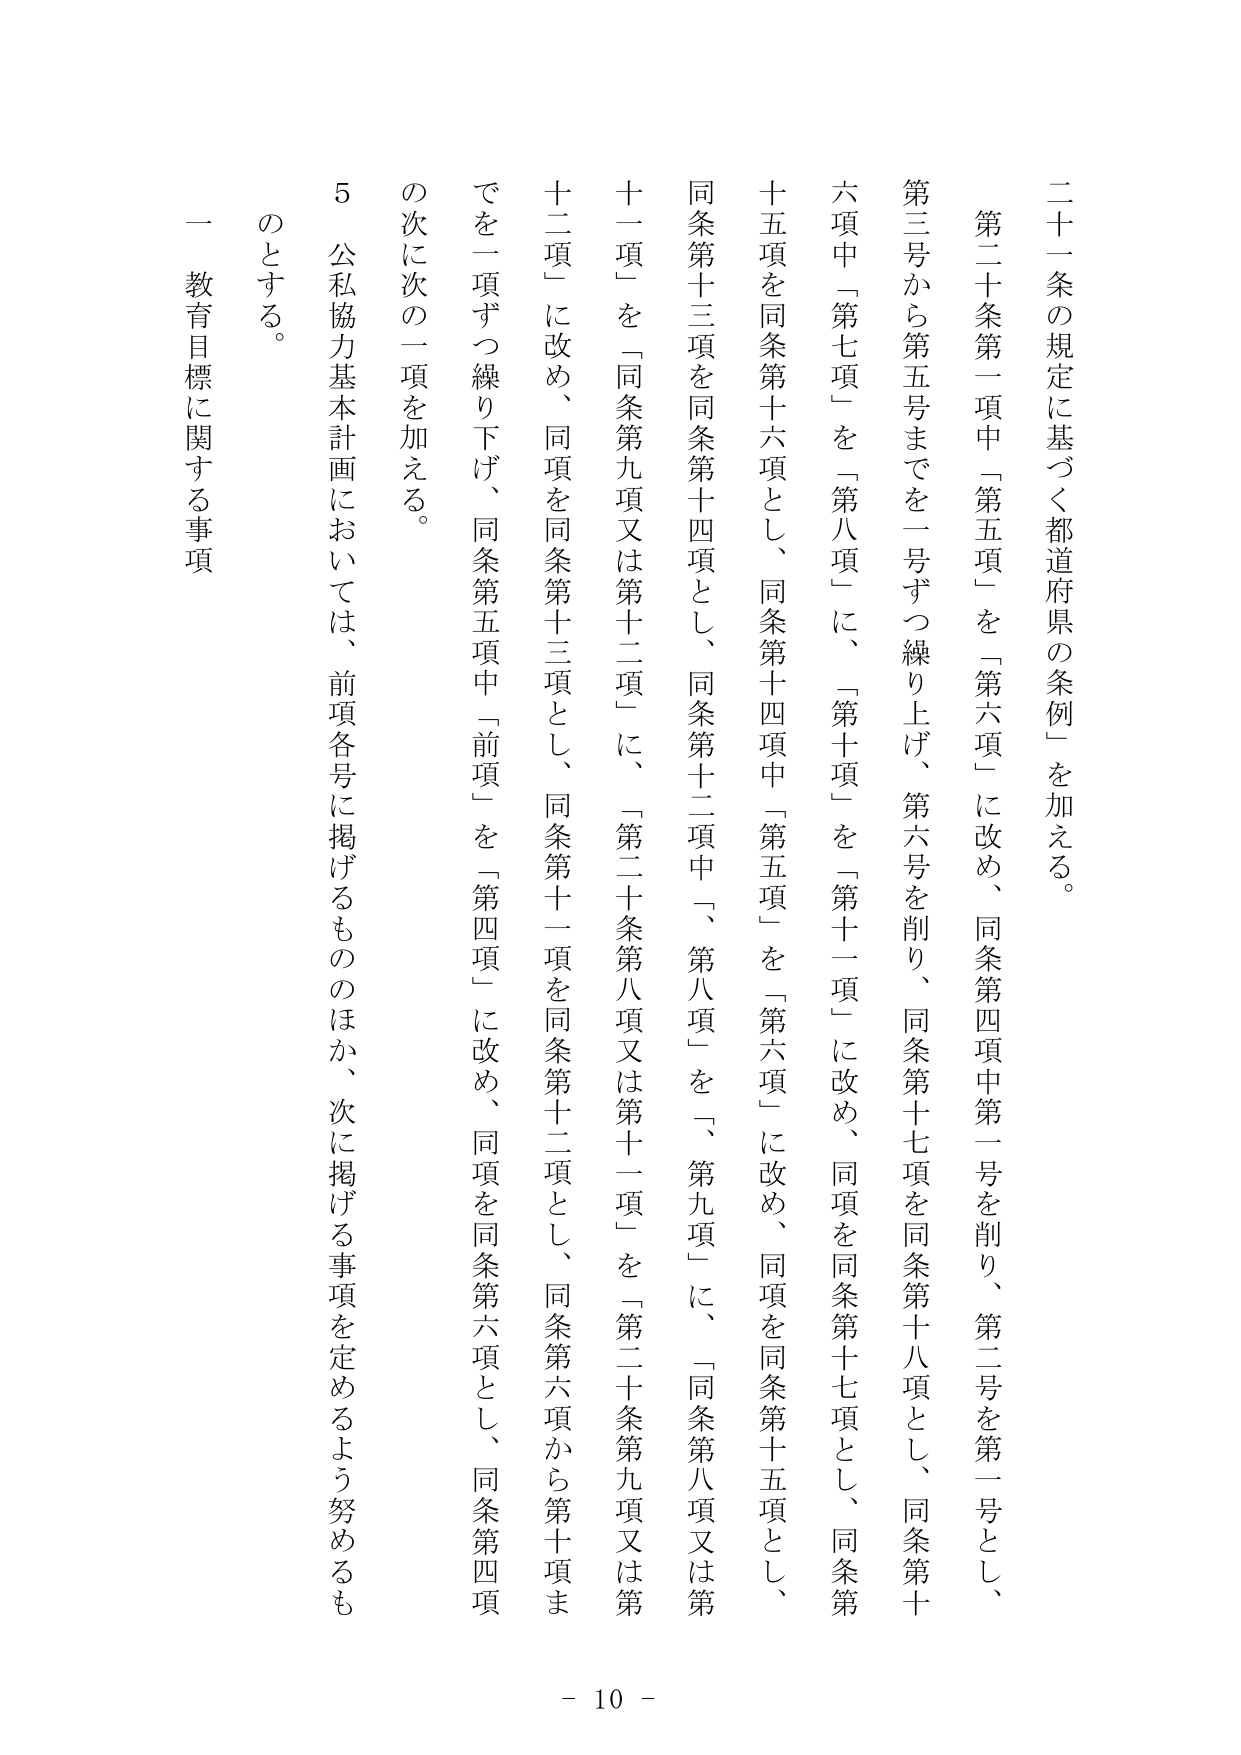
二十一条の規定に基づく都道府県の条例を加える。

第二十条第一項中「第五項」を「第六項」に改め、同条第四項中第一号を削り、第二号を第一号とし、第三号から第五号までを一号ずつ繰り上げ、第六号を削り、同条第十七項を同条第十八項とし、同条第十六項中「第七項」を「第八項」に、「第十項」を「第十一項」に改め、同項を同条第十七項とし、同条第十五項を同条第十六項とし、同条第十四項中「第五項」を「第六項」に改め、同項を同条第十五項とし、同条第十三項を同条第十四項とし、同条第十二項中「第八項」を「第九項」に、「同条第八項又は第十一項」を「同条第九項又は第十二項」に、「第二十条第八項又は第十一項」を「第二十条第九項又は第十二項」に改め、同項を同条第十三項とし、同条第十一項を同条第十二項とし、同条第六項から第十項までを一項ずつ繰り下げ、同条第五項中「前項」を「第四項」に改め、同項を同条第六項とし、同条第四項の次に次の二項を加える。

５ 公私協力基本計画においては、前項各号に掲げるもののほか、次に掲げる事項を定めるよう努めるものとする。

一 教育目標に関する事項

- 10 -